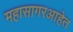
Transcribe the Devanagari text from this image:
महासागरआहेत